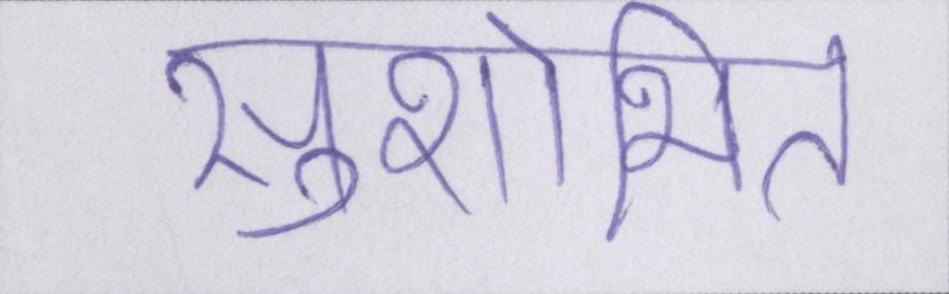
सुशोभित